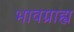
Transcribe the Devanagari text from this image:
भावग्राह्य